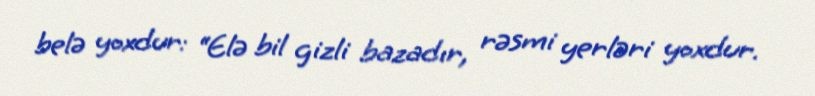
belə yoxdur: “Elə bil gizli bazadır, rəsmi yerləri yoxdur.